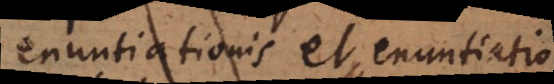
enuntiationis et enuntiatio